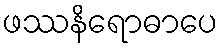
ဖဿနိရောဓာပေ